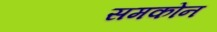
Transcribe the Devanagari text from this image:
समकोन